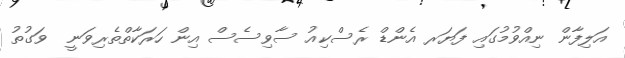
އަލިފާން ނިއްވުމުގައި ފަޔަރ އެންޑް ރެސްކިއު ސާވިސެސް އިން ހަރަކާތްތެރިވަނީ  ވަގުތު